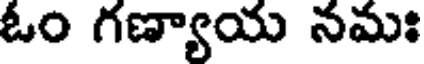
ఓం గణ్యాయ నమః